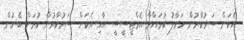
އެކަން ސަރުކާރުން ހަވާލު ކުރައްވާ އެމްޓީސީސީ އާއި އެކަން ސަރުކާރުން ކުރަން ބޭނުން